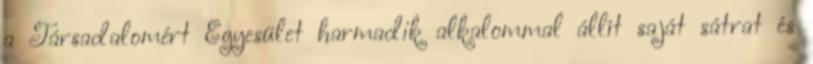
a Társadalomért Egyesület harmadik alkalommal állít saját sátrat és